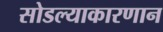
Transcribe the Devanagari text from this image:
सोडल्याकारणान